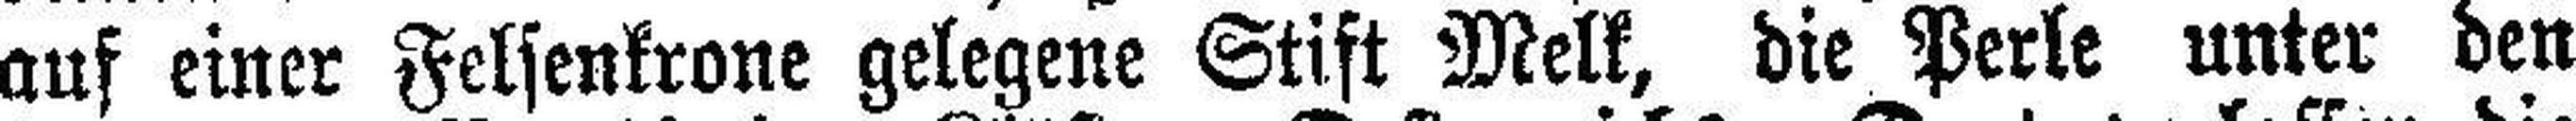
auf einer Felsenkrone gelegene Stift Melk, die Perle unter den